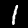
Label: 1